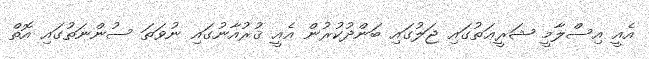
އެއީ އިސްލާމީ ޝަރީޢަތުގައި ޖަލުގައި ބަންދުކުރުން އެއީ ޤުރުއާނުގައި ނުވަތަ ސުންނަތުގައި އޮތް